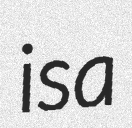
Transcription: is a